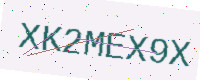
Text: XK2MEX9X